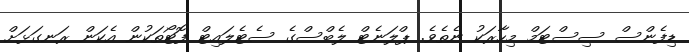
ޑިފެންސް ސިސްޓަމް މިހާރަކު ނެތެވެ. ޕްލަނެޓް ލެބްސްގެ ސެޓެލައިޓް ފޮޓޯތަކުން އެކަން ރަނގަޅަށް